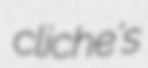
cliche's